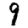
Digit: 9